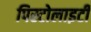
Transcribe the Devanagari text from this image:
पिस्टोलाइटी